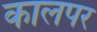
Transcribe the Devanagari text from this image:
कालपर